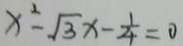
x ^ { 2 } - \sqrt { 3 } x - \frac { 1 } { 4 } = 0